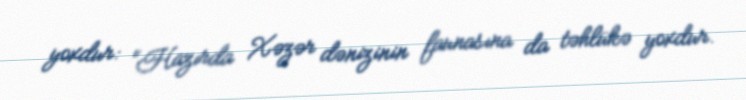
yoxdur: “Hazırda Xəzər dənizinin faunasına da təhlükə yoxdur.